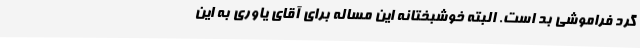
گرد فراموشی بد است. البته خوشبختانه این مساله برای آقای یاوری به این